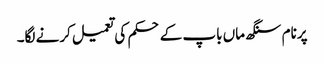
پرنام سنگھ ماں باپ کے حکم کی تعمیل کرنے لگا۔